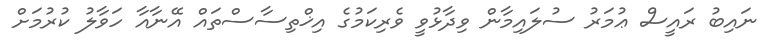
ނައިބު ރައީސް ޢުމަރު ސުލައިމާން ވިދާޅުވީ ވެރިކަމުގެ އިޚްތިސާސްތައް އޭނާއާ ހަވާލު ކުރުމަށް